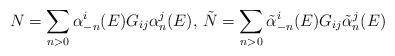
LaTeX: \begin{align*}N=\sum_{n>0}\alpha_{-n}^{i}(E)G_{ij}\alpha_{n}^{j}(E),\,\tilde{N}=\sum_{n>0}\tilde{\alpha}_{-n}^{i}(E)G_{ij}\tilde{\alpha}_{n}^{j}(E)\end{align*}